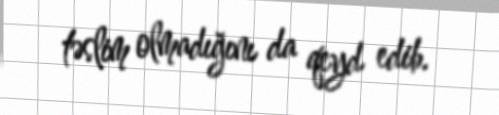
təslim olmadığını da qeyd edib.